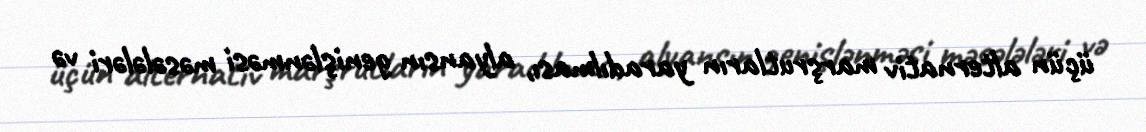
üçün alternativ marşrutların yaradılması, alyansın genişlənməsi məsələləri və